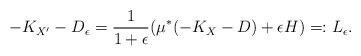
LaTeX: \begin{align*}-K_{X'}-D_\epsilon=\frac{1}{1+\epsilon}(\mu^*(-K_X-D)+\epsilon H)=:L_\epsilon.\end{align*}